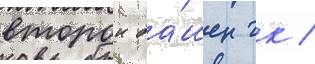
второи ба́шен гк /